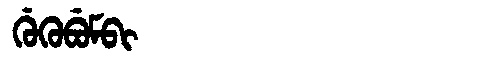
Manchu: ᡤᡠᡴᡠᠪᡠᠮᠪᡳ
Romanization: GUKUBUMBI